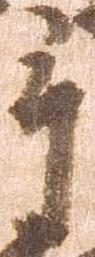
手